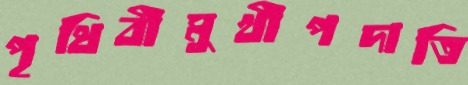
পৃথিবীমুখীপদাতি